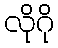
လိုဂို